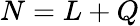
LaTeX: N=L+Q